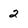
Character: 2